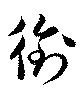
銜